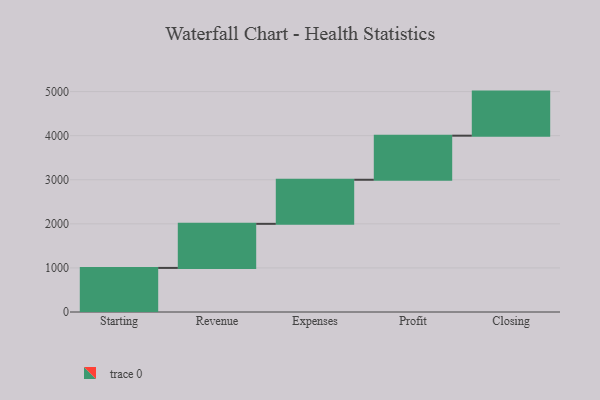
{"axis": {"x": "Step", "y": "Value"}, "legend": [""], "data": [{"x": "Starting", "y": 1000, "type": ""}, {"x": "Revenue", "y": 1000, "type": ""}, {"x": "Expenses", "y": 1000, "type": ""}, {"x": "Profit", "y": 1000, "type": ""}, {"x": "Closing", "y": 1000, "type": ""}]}